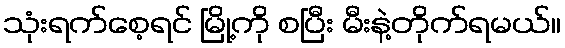
သုံးရက်စေ့ရင် မြို့ကို စပြီး မီးနဲ့တိုက်ရမယ်။